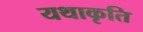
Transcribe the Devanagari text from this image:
यथाकृति